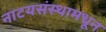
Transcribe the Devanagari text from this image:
नाटयसंस्थामधून